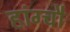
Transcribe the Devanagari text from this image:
हांग्चौ